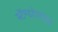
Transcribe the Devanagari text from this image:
स्टॅण्डर्डडाईझ